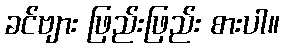
ခင်ဗျား ဖြည်းဖြည်း စားပါ။